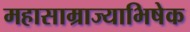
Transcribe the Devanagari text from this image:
महासाम्राज्याभिषेक